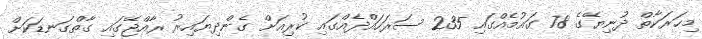
މިހަރަކާތް ދުނިޔޭގެ 78 ގައުމެއްގައި 235 ސަރަހައްދެއްގައި ކުރިއަށް ގެންދިޔައިރު ރާއްޖޭގައި ގާތްގަނޑަކަށް